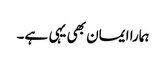
ہمارا ایمان بھی یہی ہے۔